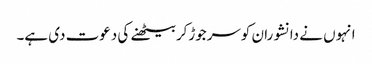
انہوں نے دانشوران کوسرجوڑکربیٹھنے کی دعوت دی ہے۔